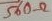
Text: 560Ω